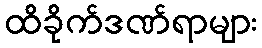
ထိခိုက်ဒဏ်ရာများ